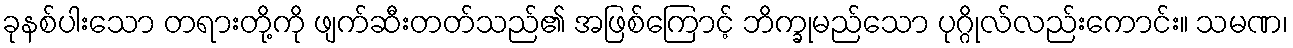
ခုနစ်ပါးသော တရားတို့ကို ဖျက်ဆီးတတ်သည်၏ အဖြစ်ကြောင့် ဘိက္ခုမည်သော ပုဂ္ဂိုလ်လည်းကောင်း။ သမဏ၊